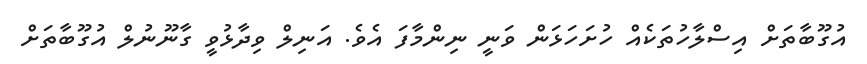
އުގޫބާތަށް އިސްލާހުތަކެއް ހުށަހަޅަން ވަނީ ނިންމާފަ އެވެ. އަނިލް ވިދާޅުވީ ގާނޫނުލް އުގޫބާތަށް